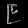
Digit: ၉